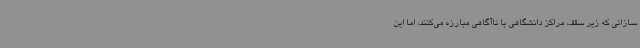
سازانی که زیر سقف مراکز دانشگاهی با ناآگاهی مبارزه می‌کنند، اما این